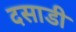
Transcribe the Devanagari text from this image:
दसाडी